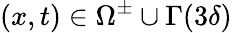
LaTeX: (x,t)\in\Omega^{\pm}\cup\Gamma(3\delta)